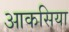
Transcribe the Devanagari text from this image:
आकसिया